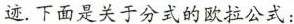
迹。下面是关于分式的欧拉公式：